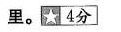
里。☆4分